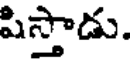
షిస్తాడు.